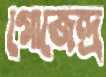
গোজেন্দ্র